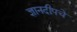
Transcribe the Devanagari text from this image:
ज्ञानदीपचे